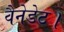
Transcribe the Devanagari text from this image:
वैनेडेट।